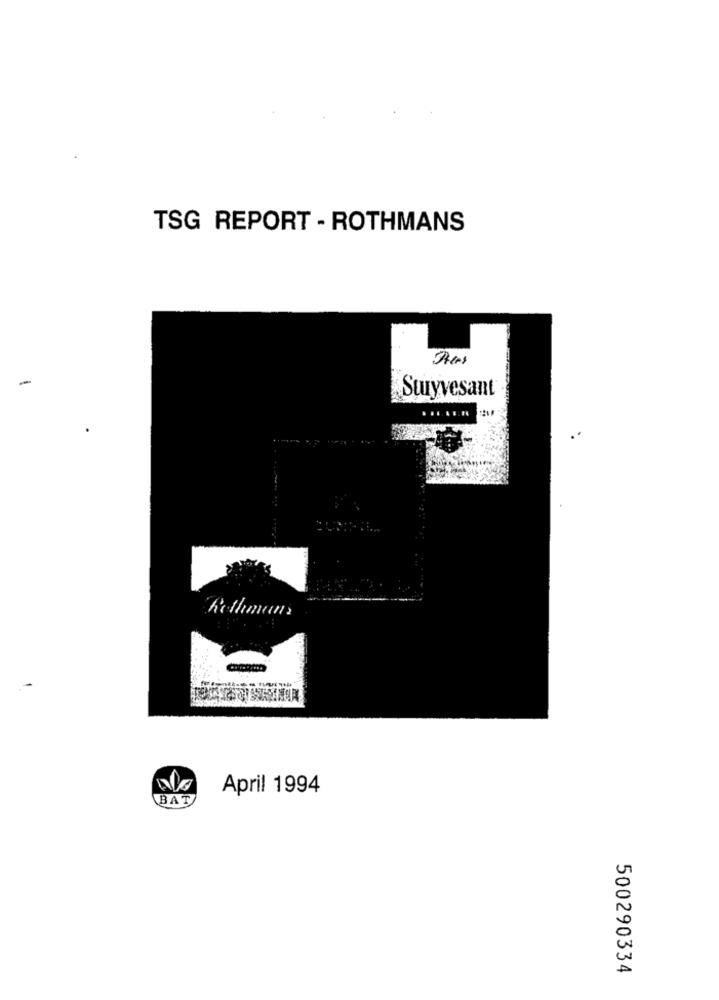
TSG REPORT - ROTHMANS
--
Suryvesant
Rothman
April 1994
BAT
500290334